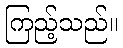
ကြည့်သည်။